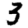
Digit: 3